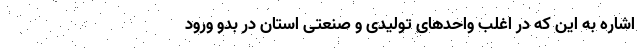
اشاره به این که در اغلب واحدهای تولیدی و صنعتی استان در بدو ورود